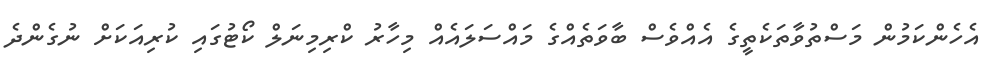
އެހެންކަމުން މަސްތުވާތަކެތީގެ އެއްވެސް ބާވަތެއްގެ މައްސަލައެއް މިހާރު ކްރިމިނަލް ކޯޓުގައި ކުރިއަކަށް ނުގެންދެ